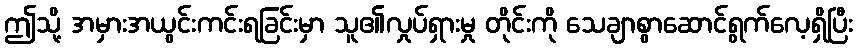
ဤသို့ အမှားအယွင်းကင်းရခြင်းမှာ သူ၏လှုပ်ရှားမှု တိုင်းကို သေချာစွာဆောင်ရွက်လေ့ရှိပြီး